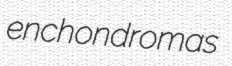
enchondromas